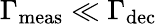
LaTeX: \Gamma_{\mathrm{meas}}\ll\Gamma_{\mathrm{dec}}